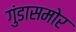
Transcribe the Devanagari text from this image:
गुंडासमोर